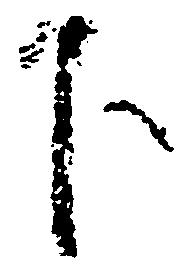
下